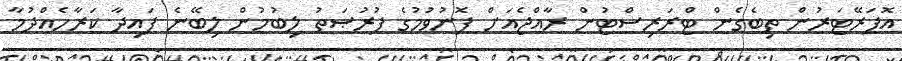
އޮޕަރޭޓަރުން ތިބެގެން ޓްރަރިސްޓުން ރާއްޖެއަށް ފޮނުވުމުގެ ފުރުޞަތު ލިބުމުން ލިބޭނެ ފައިދާ ކަރާހެއްދުމާ